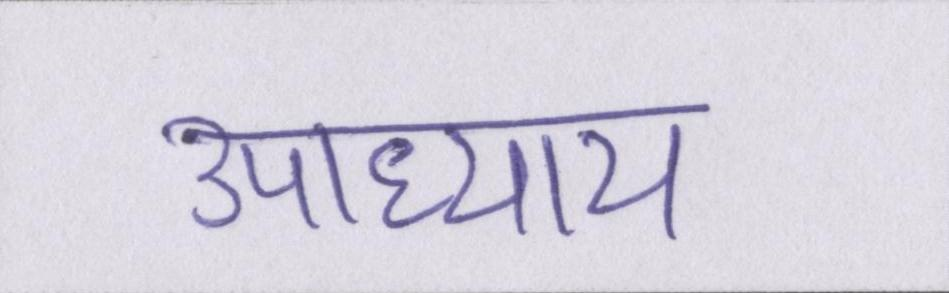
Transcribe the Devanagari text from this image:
उपाध्याय